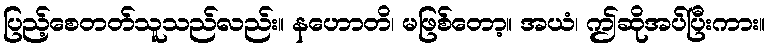
ပြည့်စေတတ်သူသည်လည်း။ နဟောတိ၊ မဖြစ်တော့။ အယံ၊ ဤဆိုအပ်ပြီးကား။